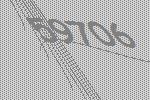
59706